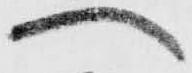
へ